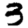
Digit: 3